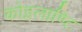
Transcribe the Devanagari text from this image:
कोइलाण्टि